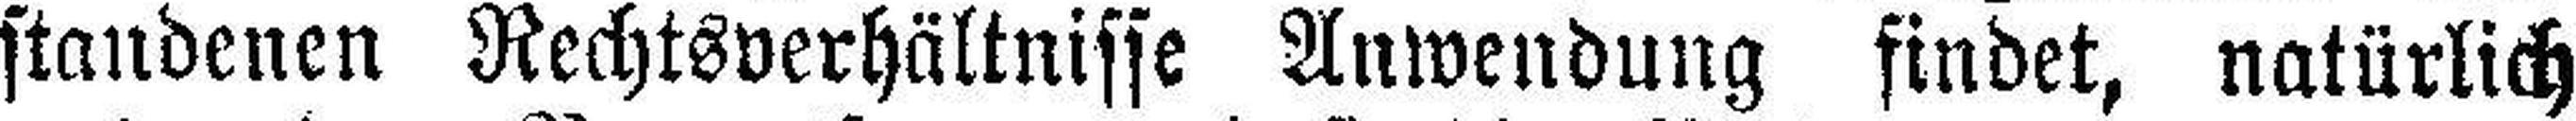
standenen Rechtsverhältnisse Anwendung findet, natürlich